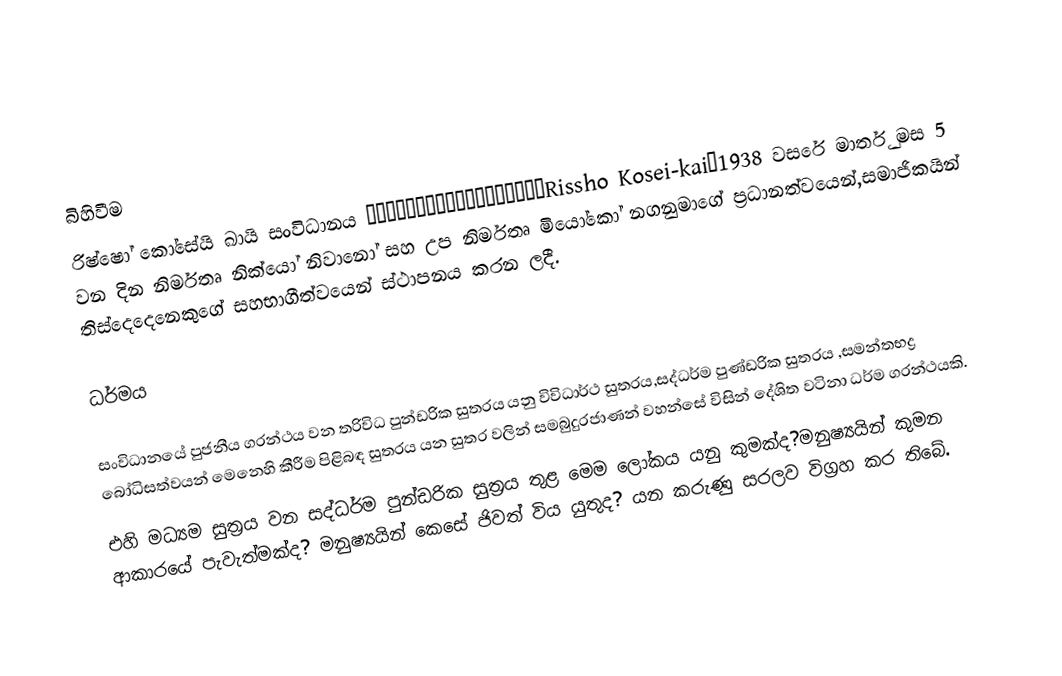

බිහිවීම
රිෂ්ෂෝ කෝසේයි ඛායි සංවිධානය 立正佼成会（りっしょうこうせいかい、Rissho Kosei-kai）1938 වසරේ මාර්තු මස 5 වන දින නිර්මතෘ නික්යෝ නිවානෝ සහ උප නිර්මතෘ මියෝකෝ නගනුමාගේ ප‍්‍රධානත්වයෙන්,සමාජිකයින් තිස්දෙදෙනෙකුගේ සහභාගීත්වයෙන් ස්ථාපනය කරන ලදී.

ධර්මය

සංවිධානයේ පුජනීය ග‍්‍රන්ථය වන ත‍්‍රිවිධ පුන්ඩරික සුත‍්‍රය යනු විවිධාර්ථ සුත‍්‍රය,සද්ධර්ම පුණ්ඩරික සුත‍්‍රය ,සමන්තභද්‍ර බෝධිසත්වයන් මෙනෙහි කීරීම පිළිබඳ සුත‍්‍රය යන සුත‍්‍ර වලින් සමබුදුරජාණන් වහන්සේ විසින් දේශිත වටිනා ධර්ම ග‍්‍රන්ථයකි.
එහි මධ්‍යම සුත‍්‍රය වන සද්ධර්ම පුන්ඩරික සුත‍්‍රය තුළ මෙම ලෝකය යනු කුමක්ද?මනුෂ්‍යයින් කුමන ආකාරයේ පැවැත්මක්ද? මනුෂ්‍යයින් කෙසේ ජිවත් විය යුතුද? යන කරුණු සරලව විග‍්‍රහ කර තිබේ.